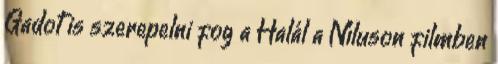
Gadot is szerepelni fog a Halál a Níluson filmben